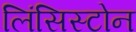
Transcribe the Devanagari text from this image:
लिंसिस्टोन